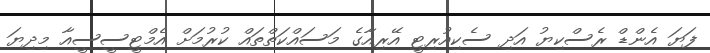
ފަޔަ އެންޑް ރެސްކިޔު އަދި ސެކިއުރިޓީ އޭރިއާގެ މަސައްކަތްތައް ކުރުމަށް އެމްޓީސީސީއާ މިދިޔަ